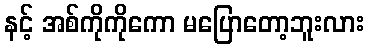
နင့် အစ်ကိုကိုကော မပြောတော့ဘူးလား